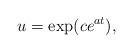
LaTeX: \begin{align*}u=\exp(ce^{at}),\end{align*}